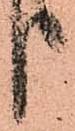
り